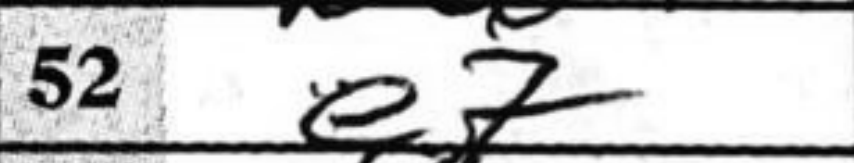
Transcription: e7